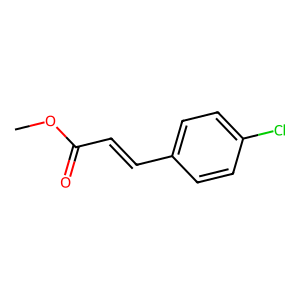
SMILES: COC(=O)C=Cc1ccc(Cl)cc1
Inhibits HIV replication: No